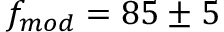
f _ { m o d } = 8 5 \pm 5